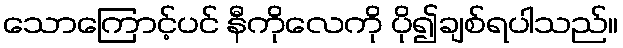
သောကြောင့်ပင် နီကိုလေကို ပို၍ချစ်ရပါသည်။